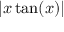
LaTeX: | x \tan ( x ) |